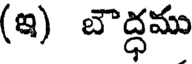
(ఇ) బౌద్ధము